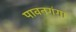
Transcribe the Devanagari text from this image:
पावनगंगा